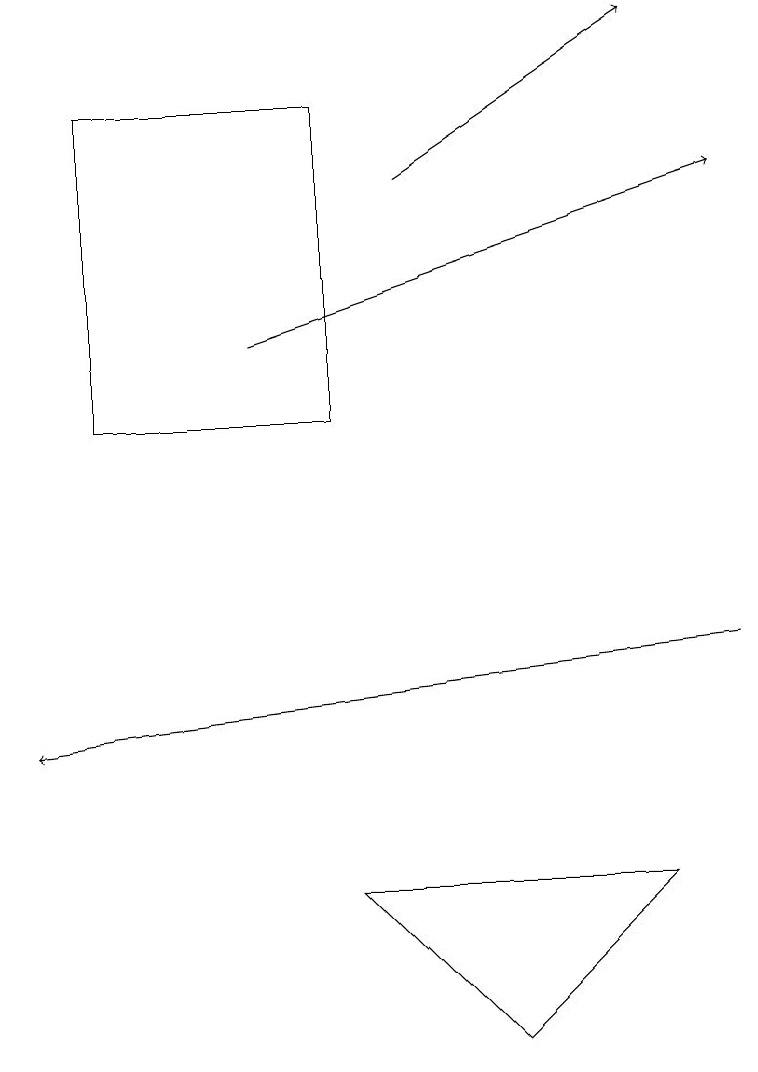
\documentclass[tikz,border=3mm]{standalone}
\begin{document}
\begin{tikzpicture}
\draw[->] (5,17) -- (8,19);
\draw[->] (3,15) -- (9,17);
\draw (8,8) -- (4,8) -- (6,6) -- cycle;
\draw[->] (9,11) -- (0,10);
\draw (1,14) rectangle (4,18);
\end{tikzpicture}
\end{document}